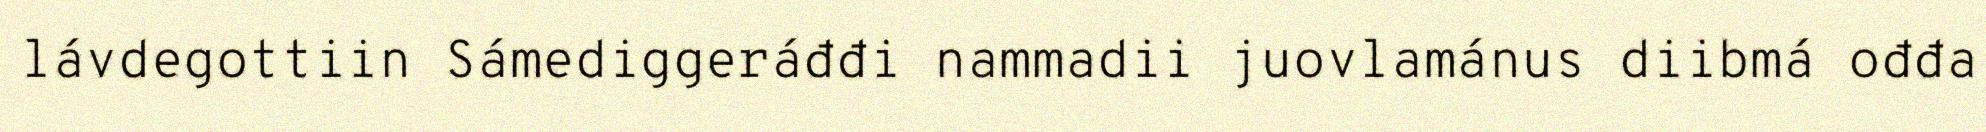
lávdegottiin Sámediggeráđđi nammadii juovlamánus diibmá ođđa